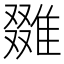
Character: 𨿷